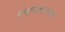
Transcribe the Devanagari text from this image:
स्मारकात्मक